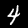
Digit: 4